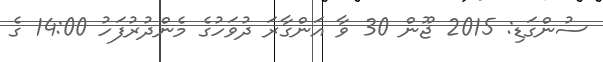
ސުންގަޑި: 2015 ޖޫން 30 ވާ އަންގާރަ ދުވަހުގެ މެންދުރުފަހު 14:00 ގެ